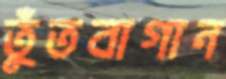
তুঁতবাগান